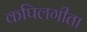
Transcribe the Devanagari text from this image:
कपिलगीता